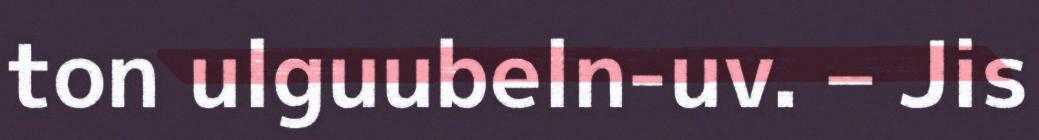
ton ulguubeln-uv. – Jis